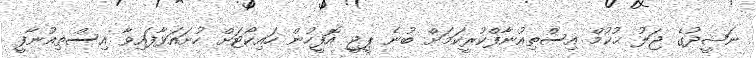
ނަޝީދުގެ ޖަލު ޙުކުމް އިސްތިއުނާފްކުރީކަމަށް ބުނެ ޕީޖީ އޮފީހުން ހައިކޯޓަށް ހުށައަޅާފައިވާ އިސްތިއުނާފީ